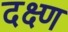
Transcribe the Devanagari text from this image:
दक्ष्ण